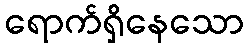
ရောက်ရှိနေသော